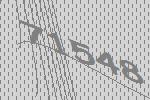
71548